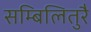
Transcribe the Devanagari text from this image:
सम्बिलितुरै